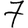
Digit: 7